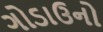
ગોડાઉનો